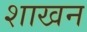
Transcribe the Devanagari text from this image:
शाखन